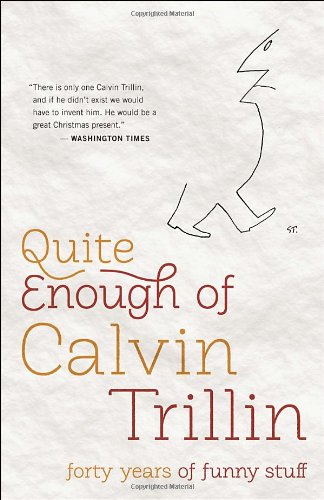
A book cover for Quite Enough of Calvin Trillin: Forty Years of Funny Stuff; Calvin Trillin; Humor & Entertainment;